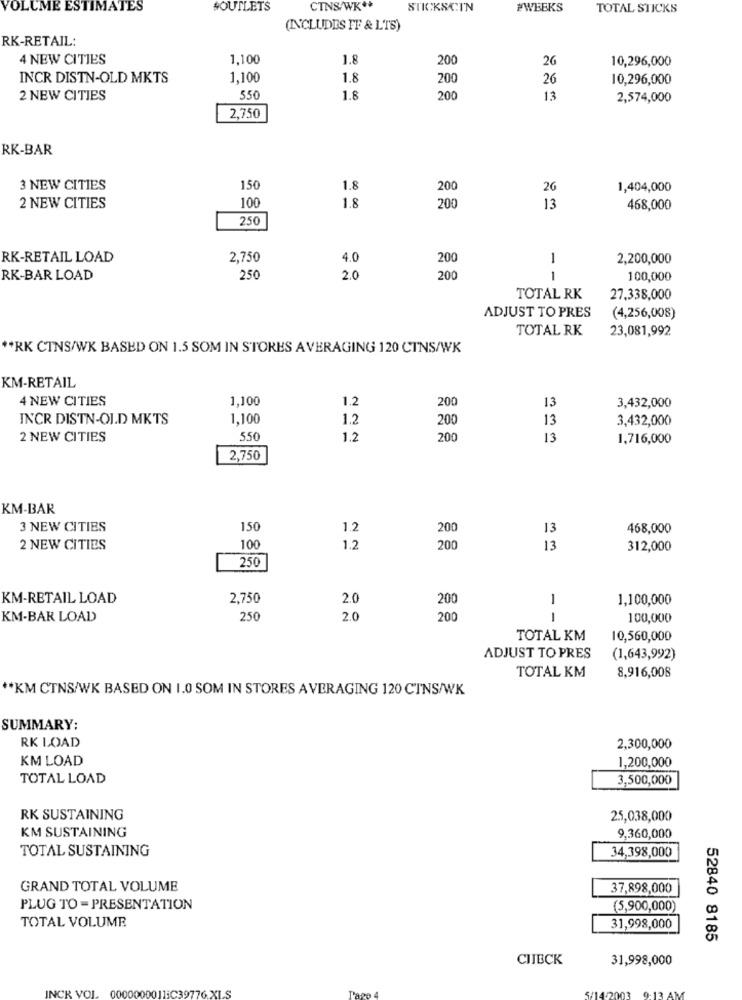
VOLUME ESTIMATES
4OUTLETS
CINS/WK **
STICKSCI'N
#WEEKS
TOTAL STICKS
(INCLUDES IF & LTS)
RK-RETAIL:
4 NEW CITIES
1,100
1.8
200
26
10,296,000
INCR DISTN-OLD MKTS
1,100
1.8
200
26
10,296,000
2 NEW CITIES
550
1.8
200
13
2,574,000
2,750
RK-BAR
3 NEW CITIES
150
1.8
200
26
1,404,000
100
1.8
2 NEW CITIES
200
13
468,000
250
RK-RETAIL LOAD
2,750
4.0
200
1
2,200,000
RK-BAR LOAD
250
2.0
200
1
100,000
TOTAL RK
27,338,000
ADJUST TO PRES
(4,256,008)
TOTAL RK
23,081,992
** RK CINS/WK BASED ON 1.5 SOM IN STORES AVERAGING 120 CTNS/WK
KM-RETAIL
4 NEW CITIES
1,100
1.2
200
13
3,432,000
INCR DISTN-OLD MKTS
1,100
1.2
200
13
3,432,000
2 NEW CITIES
550
1.2
200
13
1,716,000
2,750
KM-BAR
3 NEW CITIES
150
1.2
200
13
468,000
2 NEW CITIES
100
1.2
200
13
312,000
250
KM-RETAIL LOAD
2,750
2.0
200
1,100,000
- -
KM-BAR LOAD
250
2.0
200
100,000
TOTAL KM
10,560,000
ADJUST TO PRES
(1,643,992)
TOTAL KM
8,916,008
** KM CTNS/WK BASED ON 1.0 SOM IN STORES AVERAGING 120 CINS/WK
SUMMARY:
RK LOAD
2,300,000
KM LOAD
1,200,000
TOTAL LOAD
3,500,000
RK SUSTAINING
25,038,000
KM SUSTAINING
9,360,000
TOTAL SUSTAINING
34,398,000
GRAND TOTAL VOLUME
37,898,000
PLUG TO - PRESENTATION
(5,900,000)
TOTAL VOLUME
31,998,000
52840 8185
CHECK
31,998,000
INCI